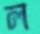
ল